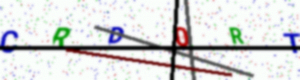
Text: CRD0RT